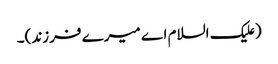
(علیک السلام اے میرے فرزند)۔